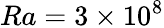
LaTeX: Ra=3\times 10^{8}